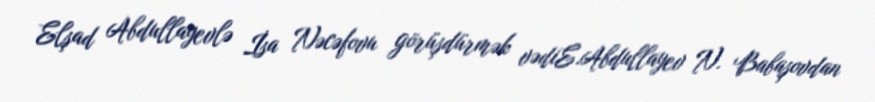
Elşad Abdullayevlə İsa Nəcəfovu görüşdürmək vədiE.Abdullayev N. Babaşovdan